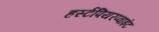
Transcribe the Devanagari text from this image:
हर्स्टपियरप्वाइंट